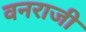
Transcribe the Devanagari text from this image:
वनराजी